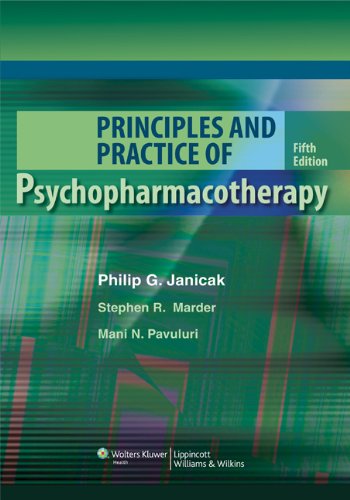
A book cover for Principles and Practice of Psychopharmacotherapy (PRINCIPLES & PRAC PSYCHOPHARMACOTHERAPY (JANICAK)); Philip G. Janicak MD; Medical Books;